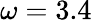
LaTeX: \omega=3.4